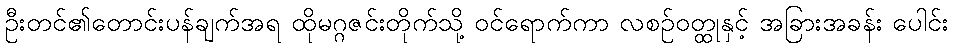
ဦးတင်၏တောင်းပန်ချက်အရ ထိုမဂ္ဂဇင်းတိုက်သို့ ဝင်ရောက်ကာ လစဉ်ဝတ္ထုနှင့် အခြားအခန်း ပေါင်း